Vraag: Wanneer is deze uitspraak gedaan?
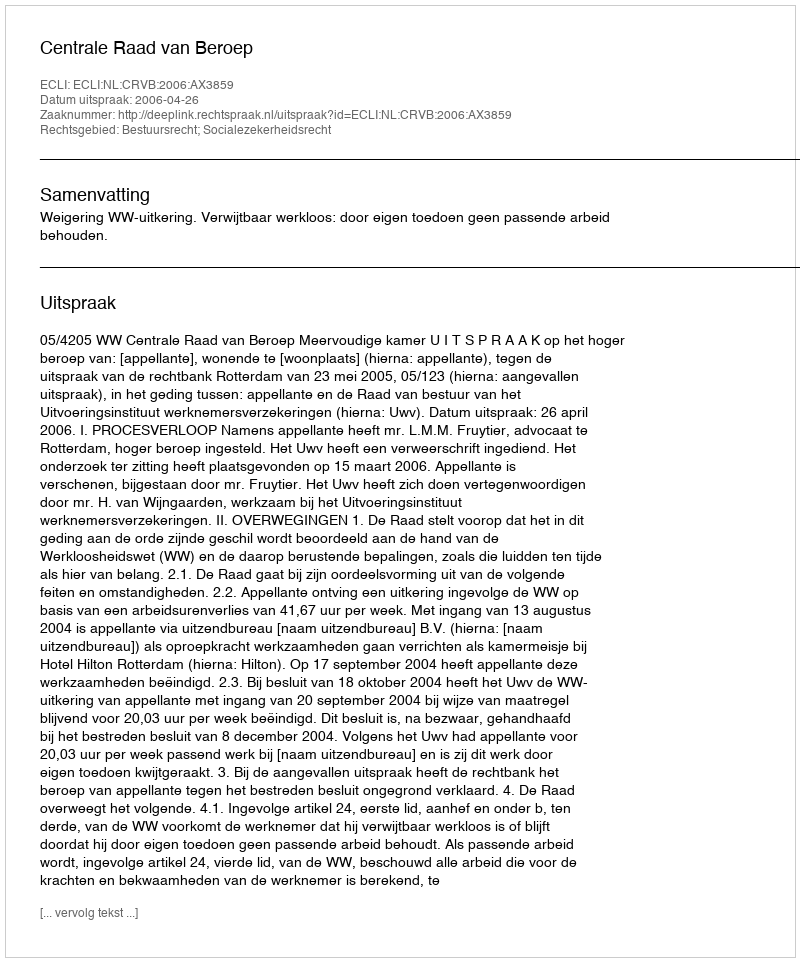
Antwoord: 2006-04-26